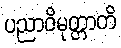
ပညာဝိမုတ္တာတိ